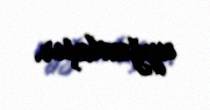
uyğunlaşır.